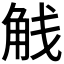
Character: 𬢕